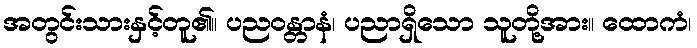
အတွင်းသားနှင့်တူ၏။ ပညဝန္တာနံ၊ ပညာရှိသော သူတို့အား။ ထောကံ၊